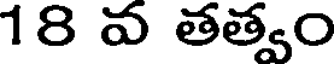
18 వ తత్వం